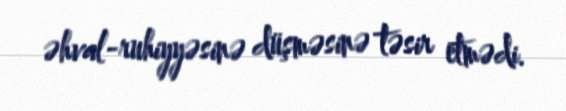
əhval-ruhiyyəsinə düşməsinə təsir etmədi.